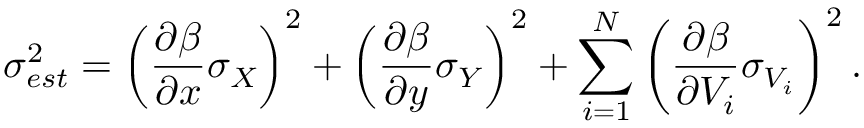
\sigma _ { e s t } ^ { 2 } = \left( \frac { \partial \beta } { \partial x } \sigma _ { X } \right) ^ { 2 } + \left( \frac { \partial \beta } { \partial y } \sigma _ { Y } \right) ^ { 2 } + \sum _ { i = 1 } ^ { N } \left( \frac { \partial \beta } { \partial V _ { i } } \sigma _ { V _ { i } } \right) ^ { 2 } .